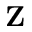
\mathbf { Z }